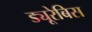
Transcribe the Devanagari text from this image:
ड्यूरेबिस